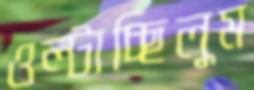
ওল্‌টাচ্ছিলুম